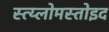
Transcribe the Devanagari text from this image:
स्त्य्लोमस्तोइद